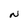
Character: N